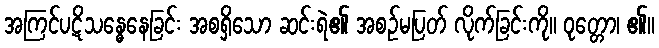
အကြင်ပဋိသန္ဓေနေခြင်း အစရှိသော ဆင်းရဲ၏ အစဉ်မပြတ် လိုက်ခြင်းကို။ ဝုတ္တော၊ ၏။